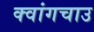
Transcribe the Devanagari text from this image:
क्वांगचाउ